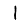
Digit: 1